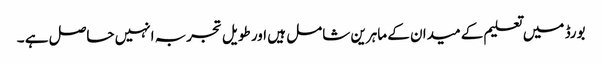
بورڈ میں تعلیم کے میدان کے ماہرین شامل ہیں اور طویل تجربہ انہیں حاصل ہے ۔